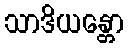
သာဒိယန္တော